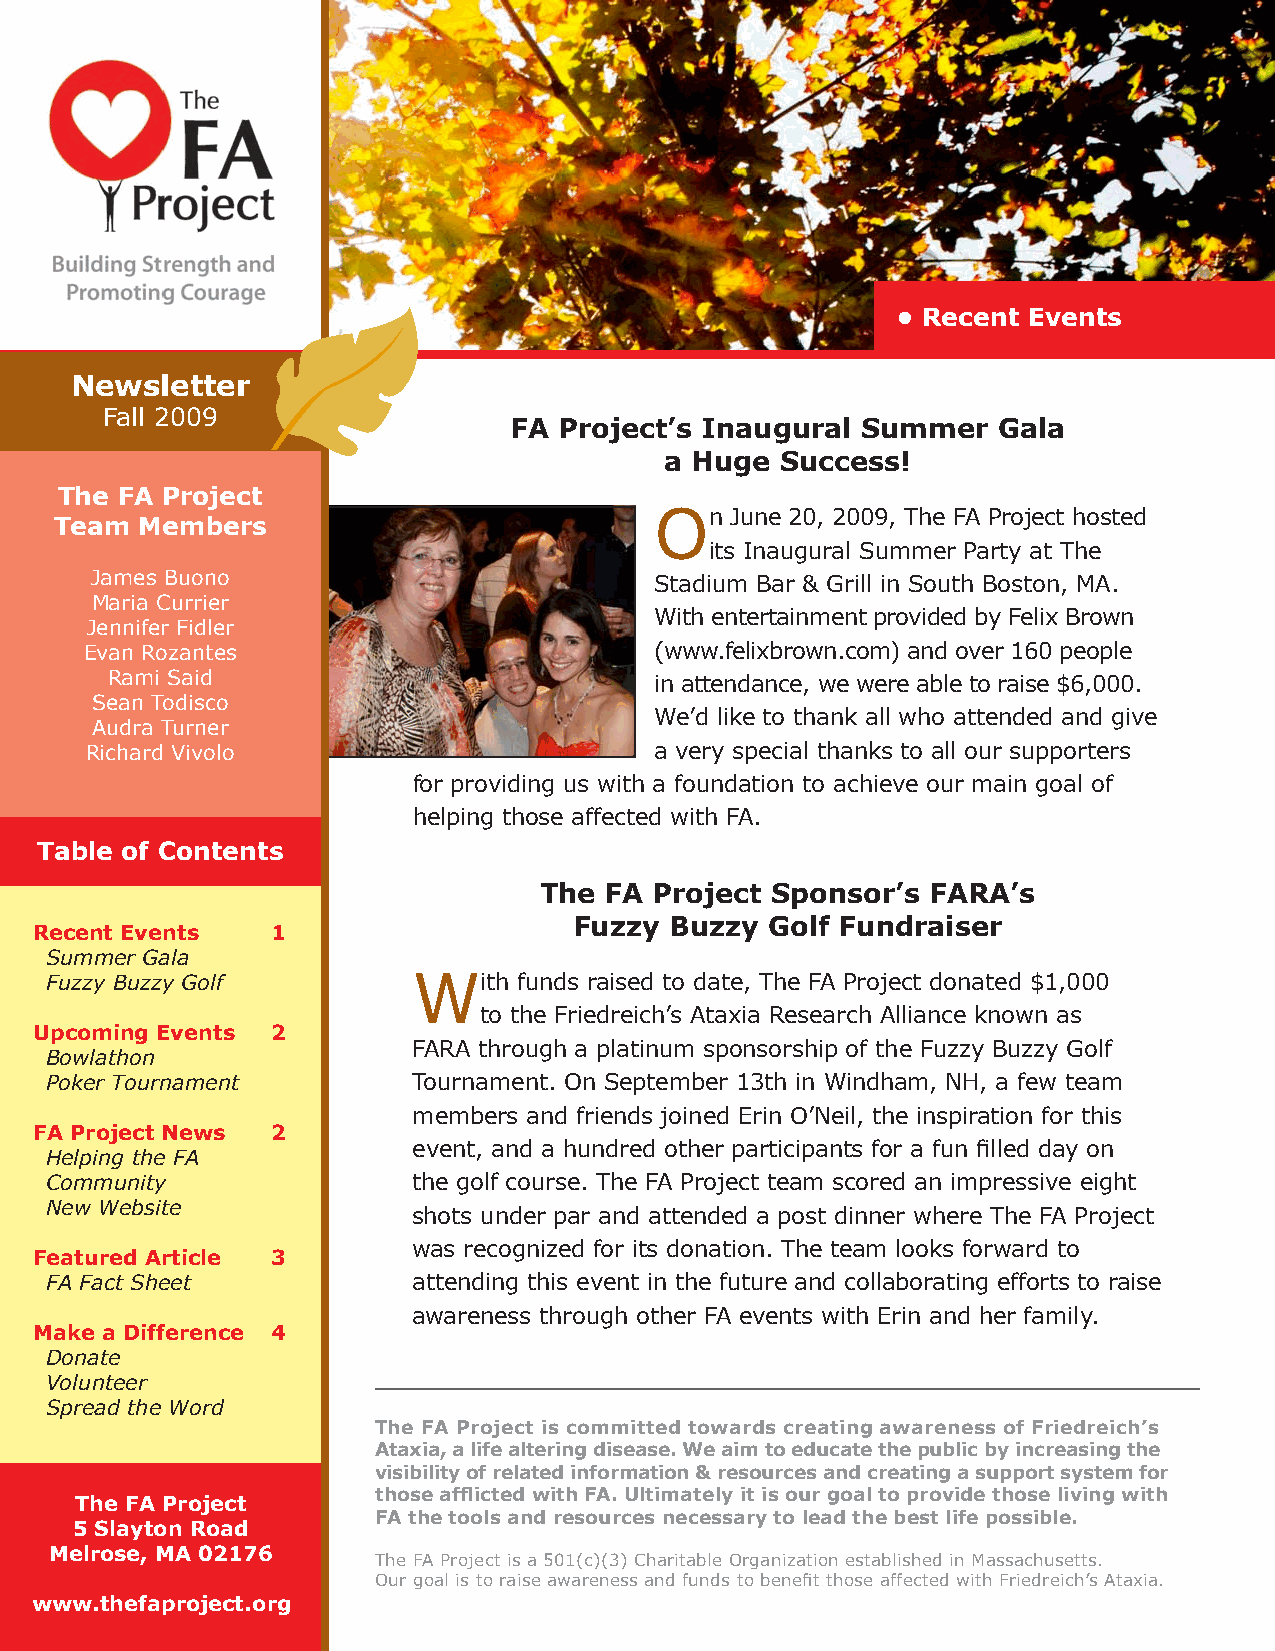
• Recent Events
 Newsletter
 Fall 2009
 FA Project’s Inaugural Summer   Gala
 a Huge  Success!
 The FA Project
 Team Members                           On   June 20, 2009, The FA Project hosted
 its Inaugural Summer Party at The
 James Buono                          Stadium Bar & Grill in South Boston, MA.
 Maria Currier
 With entertainment provided by Felix Brown
 Jennifer Fidler
 Evan Rozantes                        (www.felixbrown.com) and over 160 people
 Rami Said                           in attendance, we were able to raise $6,000.
 Sean Todisco
 We’d like to thank all who attended and give
 Audra Turner
 Richard Vivolo                       a very special thanks to all our supporters
 for providing us with a foundation to achieve our main goal of
 helping those affected with FA.
 Table of Contents
 The FA Project Sponsor’s  FARA’s
 Fuzzy Buzzy  Golf Fundraiser
 Recent Events   1
 Summer Gala
 Fuzzy Buzzy Golf        With   funds raised to date, The FA Project donated $1,000
 to the Friedreich’s Ataxia Research Alliance known as
 Upcoming Events 2
 FARA through a platinum sponsorship of the Fuzzy Buzzy Golf
 Bowlathon
 Poker Tournament        Tournament. On September 13th in Windham, NH, a few team
 members and friends joined Erin O’Neil, the inspiration for this
 FA Project News 2
 event, and a hundred other participants for a fun filled day on
 Helping the FA
 Community               the golf course. The FA Project team scored an impressive eight
 New Website
 shots under par and attended a post dinner where The FA Project
 was recognized for its donation. The team looks forward to
 Featured Article 3
 FA Fact Sheet           attending this event in the future and collaborating efforts to raise
 awareness through other FA events with Erin and her family.
 Make a Difference 4
 Donate
 Volunteer
 Spread the Word
 The FA Project is committed towards creating awareness of Friedreich’s
 Ataxia, a life altering disease. We aim to educate the public by increasing the
 visibility of related information & resources and creating a support system for
 The FA Project      those afflicted with FA. Ultimately it is our goal to provide those living with
 FA the tools and resources necessary to lead the best life possible.
 5 Slayton Road
 Melrose, MA 02176
 The FA Project is a 501(c)(3) Charitable Organization established in Massachusetts.
 Our goal is to raise awareness and funds to benefit those affected with Friedreich’s Ataxia.
 www.thefaproject.org